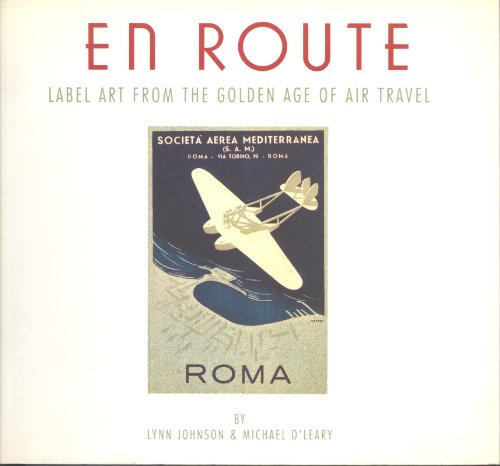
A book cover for En Route: Label Art from the Golden Age of Air Travel; Lynn Johnson; Crafts, Hobbies & Home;